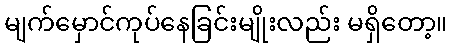
မျက်မှောင်ကုပ်နေခြင်းမျိုးလည်း မရှိတော့။